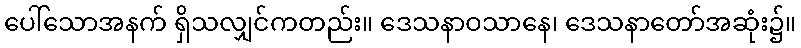
ပေါ်သောအနက် ရှိသလျှင်ကတည်း။ ဒေသနာဝသာနေ၊ ဒေသနာတော်အဆုံး၌။